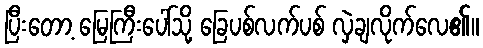
ပြီးတော့ မြေကြီးပေါ်သို့ ခြေပစ်လက်ပစ် လှဲချလိုက်လေ၏။